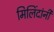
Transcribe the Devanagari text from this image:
मिलिंदांनी